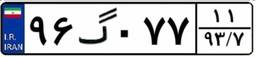
۹۶گ۰۷۷۱۱